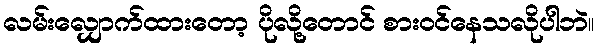
လမ်းလျှောက်ထားတော့ ပိုလို့တောင် စားဝင်နေသလိုပါဘဲ။